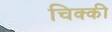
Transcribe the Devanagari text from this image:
चिक्‍की